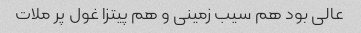
عالی بود هم سیب زمینی و هم پیتزا غول پر ملات